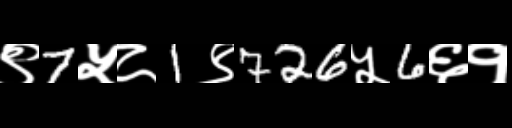
Text: ९7५८1९726५6६१